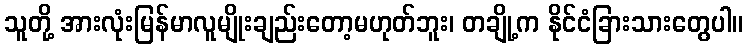
သူတို့ အားလုံးမြန်မာလူမျိုးချည်းတော့မဟုတ်ဘူး၊ တချို့က နိုင်ငံခြားသားတွေပါ။